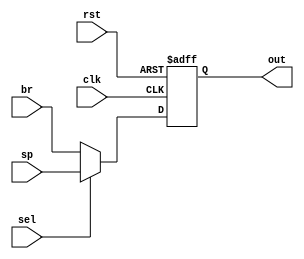
`timescale 1 ns/1 ps
module mux2to1
    (
    input clk,rst,
    input [15:0]br, sp,
    input sel,
    output reg [15:0] out);


    always @(posedge rst, posedge clk)
    begin
      if(rst) begin
        out<=16'd0;
    end
  else begin
        if (sel)//sp signal high
            out=sp;
        else //branch
            out=br;
    end
end
endmodule